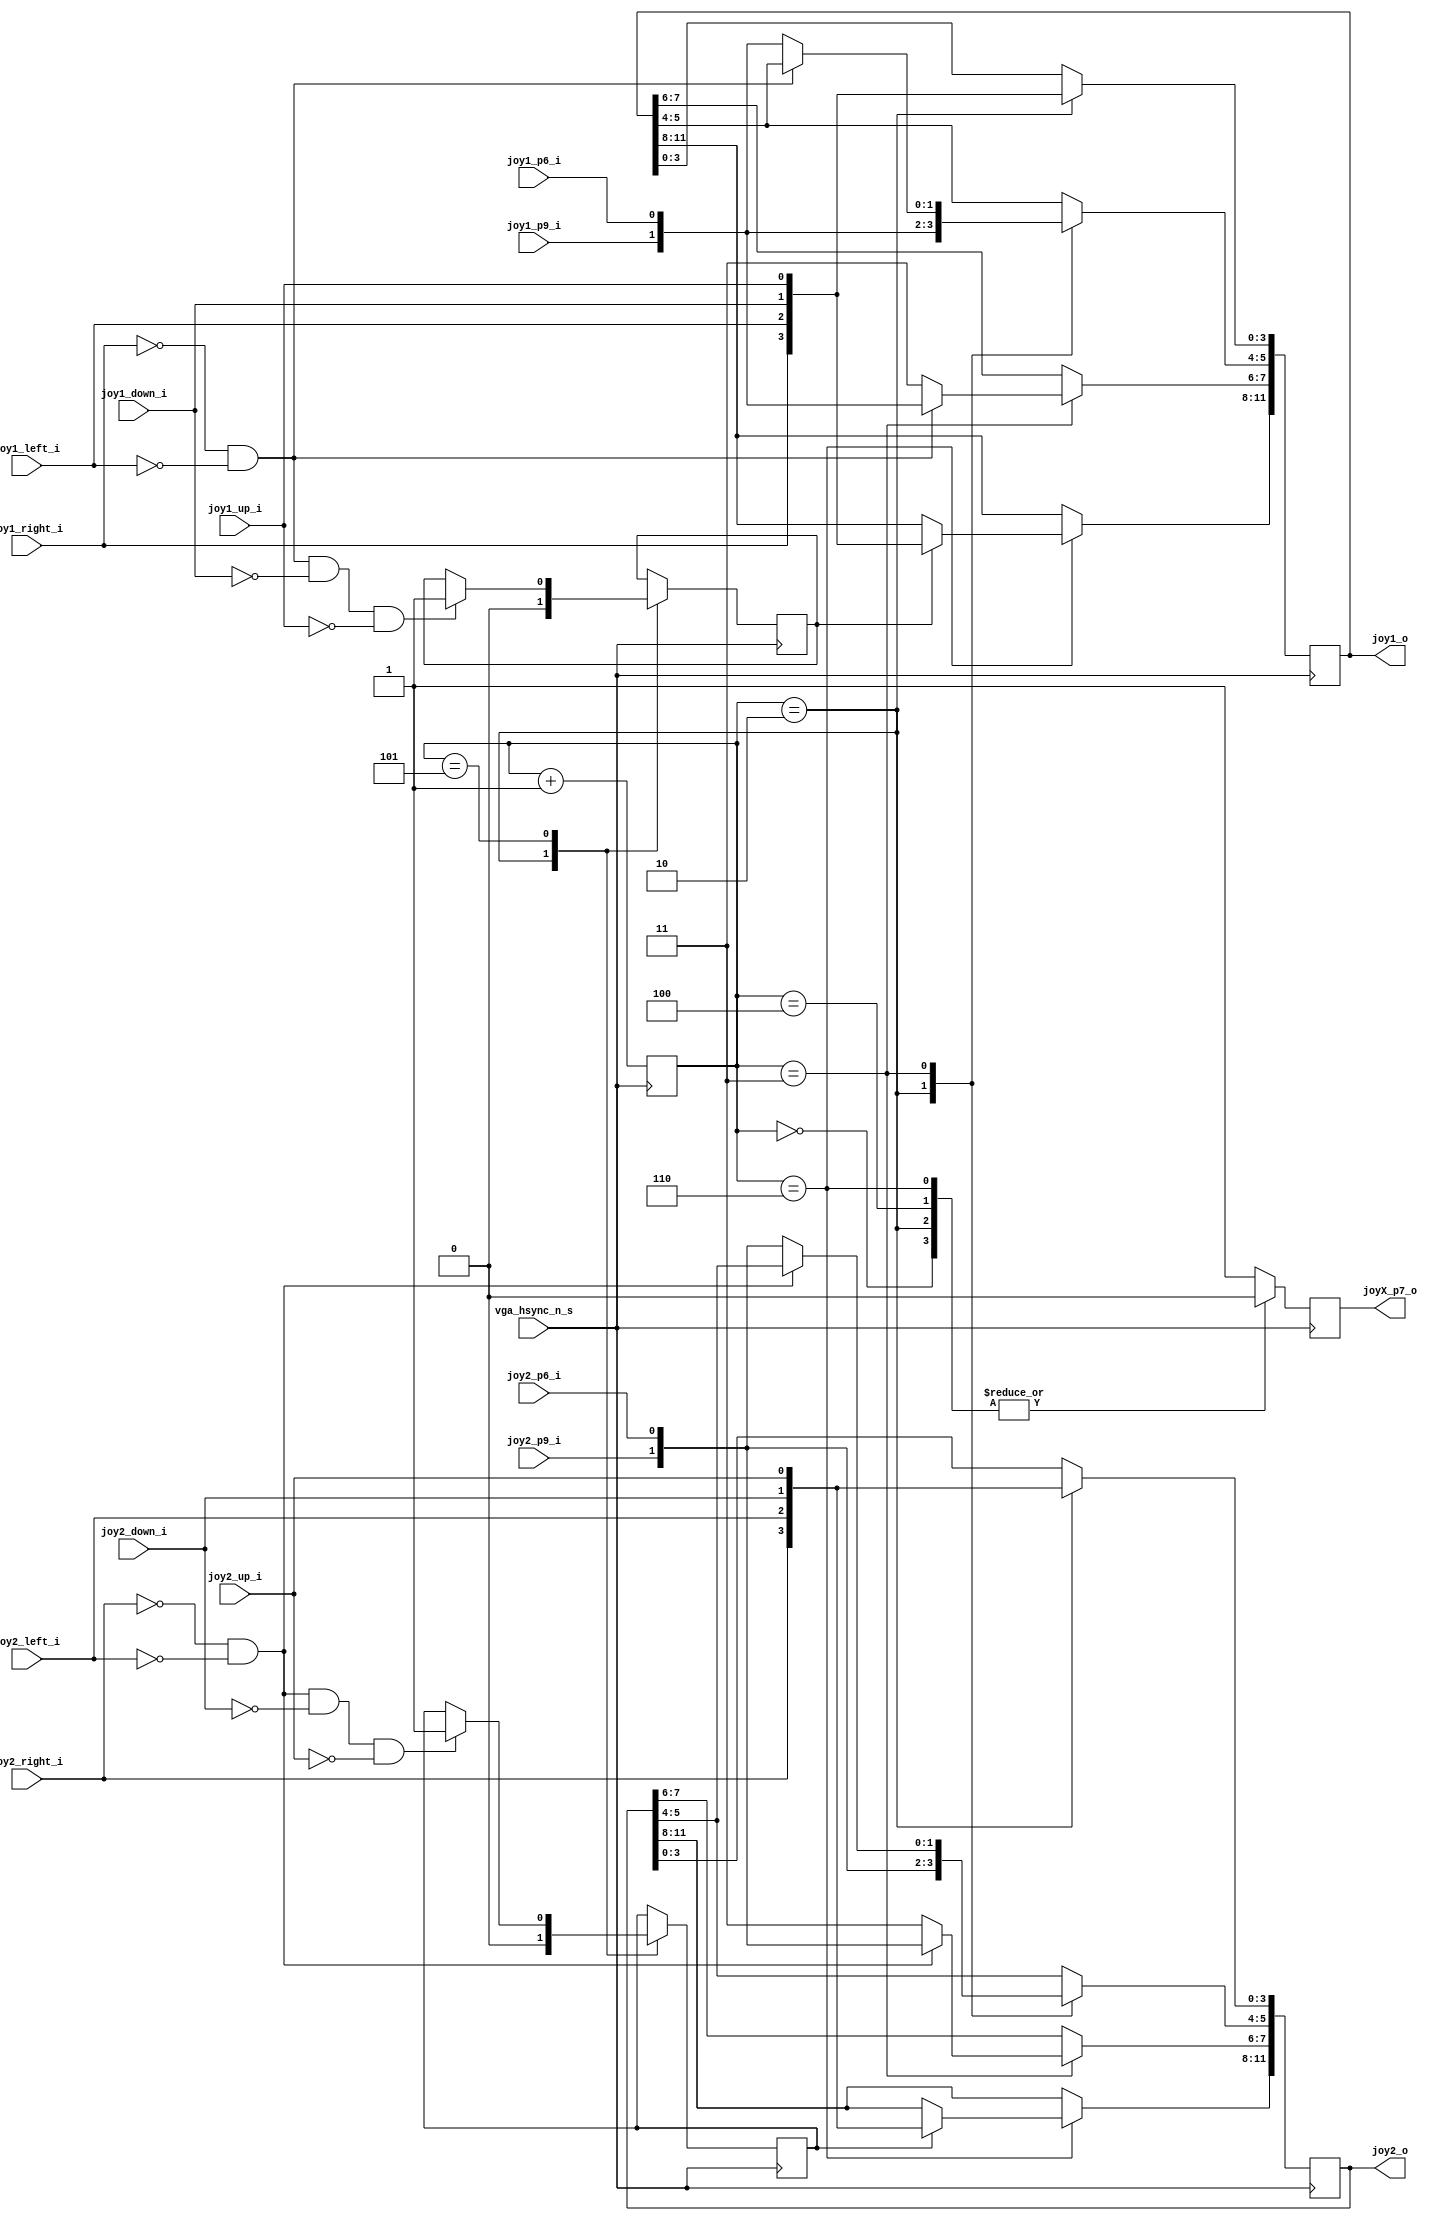

//------------------------------------------------------------------------------
//
//   Dependencies:     
//   Design Software:  Quartus II 32-bit Version 18.1
//
//   HDL CODE IS PROVIDED "AS IS."  DIGI-KEY EXPRESSLY DISCLAIMS ANY
//   WARRANTY OF ANY KIND, WHETHER EXPRESS OR IMPLIED, INCLUDING BUT NOT
//   LIMITED TO, THE IMPLIED WARRANTIES OF MERCHANTABILITY, FITNESS FOR A
//   PARTICULAR PURPOSE, OR NON-INFRINGEMENT. IN NO EVENT SHALL DIGI-KEY
//   BE LIABLE FOR ANY INCIDENTAL, SPECIAL, INDIRECT OR CONSEQUENTIAL
//   DAMAGES, LOST PROFITS OR LOST DATA, HARM TO YOUR EQUIPMENT, COST OF
//   PROCUREMENT OF SUBSTITUTE GOODS, TECHNOLOGY OR SERVICES, ANY CLAIMS
//   BY THIRD PARTIES (INCLUDING BUT NOT LIMITED TO ANY DEFENSE THEREOF),
//   ANY CLAIMS FOR INDEMNITY OR CONTRIBUTION, OR OTHER SIMILAR COSTS.
//
//   Version History
//   Version 1.0 10/24/2019 Fernando Mosquera
//     Initial Public Release
//
//   Based in "Joystick read with sega 6 button support" by Victor trucco for Multicore 2
//   https://gitlab.com/victor.trucco/Multicore/blob/master/_MC2_firmware/synth/multicore2/top.vhd
//    
//------------------------------------------------------------------------------
 
module sega_joystick
(
	
	input         joy1_up_i,
	input         joy1_down_i,
	input         joy1_left_i,
	input         joy1_right_i,
	input		     joy1_p6_i,
	input         joy1_p9_i,
	input         joy2_up_i,
	input         joy2_down_i,
	input         joy2_left_i,
	input         joy2_right_i,
	input         joy2_p6_i,
	input         joy2_p9_i,
	output        joyX_p7_o,  // -- send to Select pin 7 of the Megadrive Joystick
	input         vga_hsync_n_s,
	output wire [11:0] joy1_o, // -- MS ZYX CBA RLDU
	output wire [11:0] joy2_o  // -- MS ZYX CBA RLDU 
);
 
//----   Joystick read with sega 6 button support  ---------------------- 

   reg [11:0]joy1_s = 12'hFFF; 	
	reg [11:0]joy2_s = 12'hFFF; 
	reg joyP7_s;

	reg [7:0]state_v = 8'd0;
	reg j1_sixbutton_v = 1'b0;
	reg j2_sixbutton_v = 1'b0;
	
	always @(negedge vga_hsync_n_s) 
	begin
		

			state_v <= state_v + 1;

			
			case (state_v)			//-- joy_s format MXYZ SACB RLDU
				8'd0:  
					joyP7_s <=  1'b0;
					
				8'd1:
					joyP7_s <=  1'b1;

				8'd2:
					begin
						joy1_s[3:0] <= {joy1_right_i, joy1_left_i, joy1_down_i, joy1_up_i}; //-- R, L, D, U
						joy2_s[3:0] <= {joy2_right_i, joy2_left_i, joy2_down_i, joy2_up_i}; //-- R, L, D, U
						joy1_s[5:4] <= {joy1_p9_i, joy1_p6_i}; //-- C, B
						joy2_s[5:4] <= {joy2_p9_i, joy2_p6_i}; //-- C, B					
						joyP7_s <= 1'b0;
						j1_sixbutton_v <= 1'b0; //-- Assume it's not a six-button controller
						j2_sixbutton_v <= 1'b0; //-- Assume it's not a six-button controller
					end
					
				8'd3:
					begin
						if (joy1_right_i == 1'b0 && joy1_left_i == 1'b0) // it's a megadrive controller
								joy1_s[7:6] <= { joy1_p9_i , joy1_p6_i }; //-- Start, A
						else
								joy1_s[7:4] <= { 1'b1, 1'b1, joy1_p9_i, joy1_p6_i }; //-- read A/B as master System
							
						if (joy2_right_i == 1'b0 && joy2_left_i == 1'b0) // it's a megadrive controller
								joy2_s[7:6] <= { joy2_p9_i , joy2_p6_i }; //-- Start, A
						else
								joy2_s[7:4] <= { 1'b1, 1'b1, joy2_p9_i, joy2_p6_i }; //-- read A/B as master System

							
						joyP7_s <= 1'b1;
					end
					
				8'd4:  
					joyP7_s <= 1'b0;

				8'd5:
					begin
						if (joy1_right_i == 1'b0 && joy1_left_i == 1'b0 && joy1_down_i == 1'b0 && joy1_up_i == 1'b0 )
							j1_sixbutton_v <= 1'b1; // --it's a six button
						
						
						if (joy2_right_i == 1'b0 && joy2_left_i == 1'b0 && joy2_down_i == 1'b0 && joy2_up_i == 1'b0 )
							j2_sixbutton_v <= 1'b1; // --it's a six button
						
						
						joyP7_s <= 1'b1;
					end
					
				8'd6:
					begin
						if (j1_sixbutton_v == 1'b1)
							joy1_s[11:8] <= { joy1_right_i, joy1_left_i, joy1_down_i, joy1_up_i }; //-- Mode, X, Y e Z
						
						
						if (j2_sixbutton_v == 1'b1)
							joy2_s[11:8] <= { joy2_right_i, joy2_left_i, joy2_down_i, joy2_up_i }; //-- Mode, X, Y e Z
						
						
						joyP7_s <= 1'b0;
					end 
					
				default:
					joyP7_s <= 1'b1;
					
			endcase

	end
	
	assign joyX_p7_o = joyP7_s;
	assign joy1_o = joy1_s;
	assign joy2_o = joy2_s;


endmodule